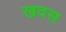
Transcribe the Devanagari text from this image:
खवस